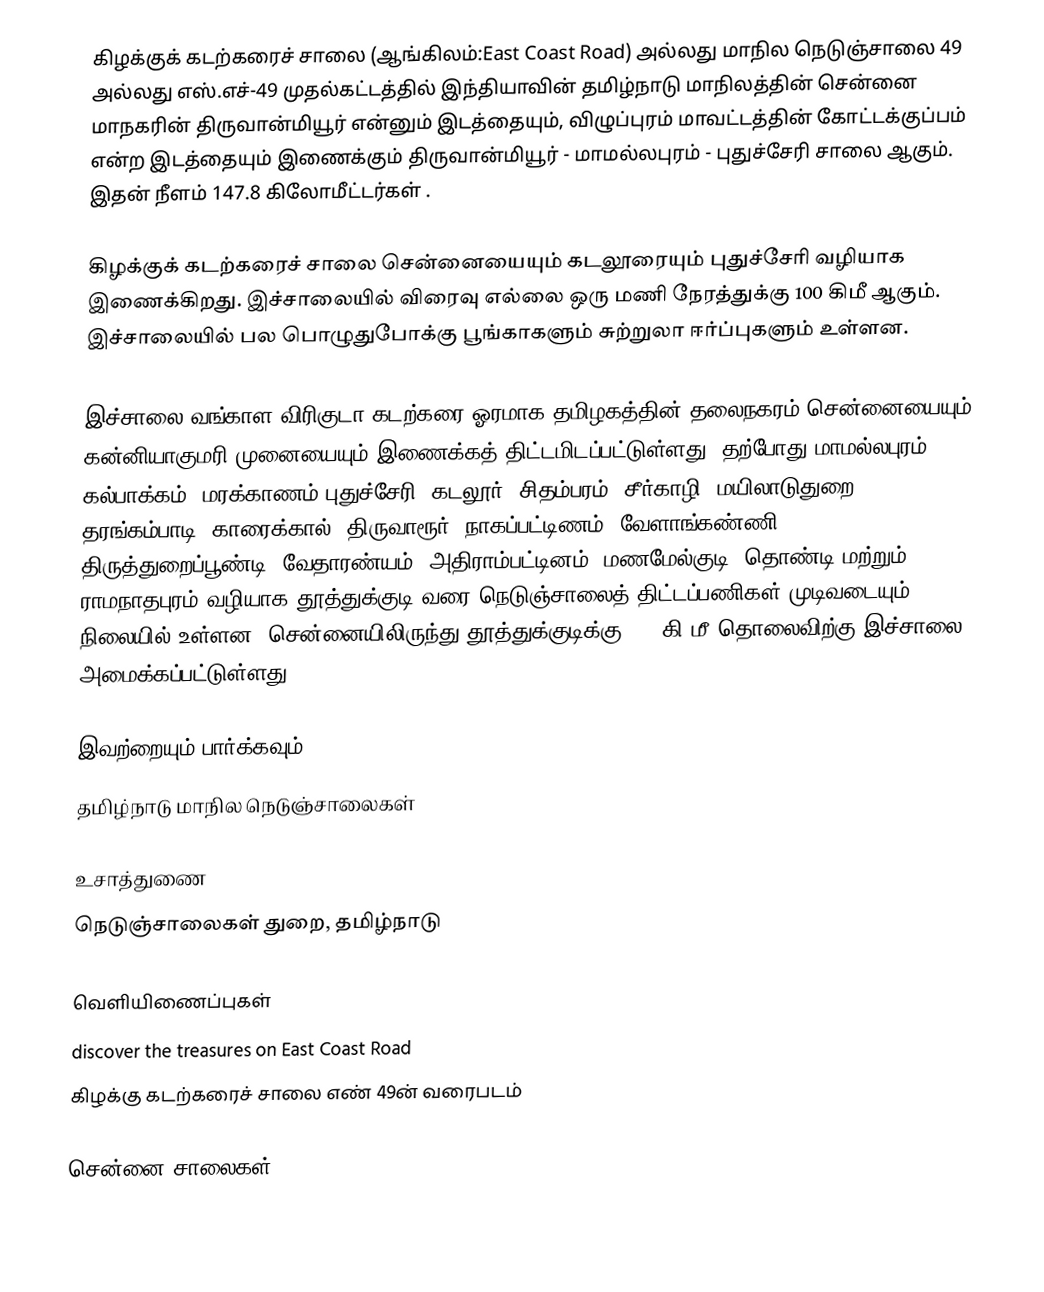
கிழக்குக் கடற்கரைச் சாலை (ஆங்கிலம்:East Coast Road) அல்லது மாநில நெடுஞ்சாலை 49 அல்லது எஸ்.எச்-49 முதல்கட்டத்தில் இந்தியாவின் தமிழ்நாடு மாநிலத்தின் சென்னை மாநகரின் திருவான்மியூர்  என்னும் இடத்தையும், விழுப்புரம் மாவட்டத்தின்  கோட்டக்குப்பம் என்ற இடத்தையும் இணைக்கும் திருவான்மியூர் - மாமல்லபுரம் - புதுச்சேரி சாலை ஆகும். இதன் நீளம் 147.8  கிலோமீட்டர்கள் .

கிழக்குக் கடற்கரைச் சாலை சென்னையையும் கடலூரையும் புதுச்சேரி வழியாக இணைக்கிறது. இச்சாலையில் விரைவு எல்லை ஒரு மணி நேரத்துக்கு 100 கிமீ ஆகும். இச்சாலையில் பல பொழுதுபோக்கு பூங்காகளும் சுற்றுலா ஈர்ப்புகளும் உள்ளன.

இச்சாலை வங்காள விரிகுடா கடற்கரை ஓரமாக தமிழகத்தின் தலைநகரம் சென்னையையும் கன்னியாகுமரி முனையையும் இணைக்கத் திட்டமிடப்பட்டுள்ளது. தற்போது மாமல்லபுரம், கல்பாக்கம், மரக்காணம் புதுச்சேரி ,கடலூர், சிதம்பரம், சீர்காழி, மயிலாடுதுறை, தரங்கம்பாடி, காரைக்கால், திருவாரூர், நாகப்பட்டிணம், வேளாங்கண்ணி, திருத்துறைப்பூண்டி, வேதாரண்யம், அதிராம்பட்டினம், மணமேல்குடி, தொண்டி மற்றும் ராமநாதபுரம் வழியாக தூத்துக்குடி வரை நெடுஞ்சாலைத் திட்டப்பணிகள் முடிவடையும் நிலையில் உள்ளன. சென்னையிலிருந்து தூத்துக்குடிக்கு 690 கி.மீ தொலைவிற்கு இச்சாலை அமைக்கப்பட்டுள்ளது.

இவற்றையும் பார்க்கவும்
 தமிழ்நாடு மாநில நெடுஞ்சாலைகள்

உசாத்துணை
 நெடுஞ்சாலைகள் துறை, தமிழ்நாடு

வெளியிணைப்புகள்
  discover the treasures on East Coast Road
 கிழக்கு கடற்கரைச் சாலை எண் 49ன் வரைபடம்

சென்னை சாலைகள்